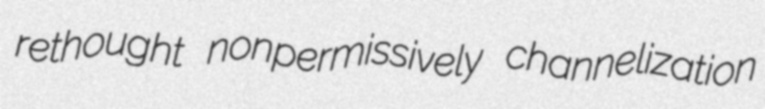
rethought nonpermissively channelization